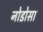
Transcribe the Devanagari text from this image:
नोडोसा